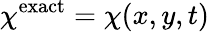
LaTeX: \chi^{\textnormal{exact}}=\chi(x,y,t)